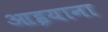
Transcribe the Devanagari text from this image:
आइयाना